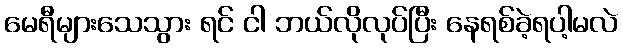
မေရီများသေသွား ရင် ငါ ဘယ်လိုလုပ်ပြီး နေရစ်ခဲ့ရပါ့မလဲ